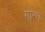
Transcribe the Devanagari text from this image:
गोन्ग